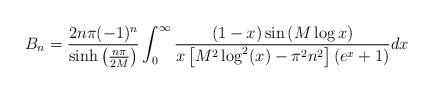
LaTeX: \begin{align*}\begin{aligned}B_n &=\frac{2n\pi (-1)^n}{\sinh\left(\frac{n\pi}{2M}\right)}\int_{0}^{\infty} \frac{(1-x)\sin\left(M\log x\right) }{x\left[M^2\log^2(x)-\pi^2n^2\right]\left(e^{x}+1\right)} dx \\\end{aligned}\end{align*}